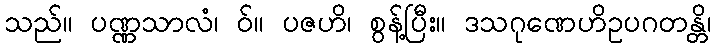
သည်။ ပဏ္ဏသာလံ၊ ဝ်။ ပဇဟိ၊ စွန့်ပြီး။ ဒသဂုဏေဟိဥပဂတန္တိ၊